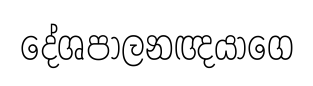
දේශපාලනඥයාගෙ